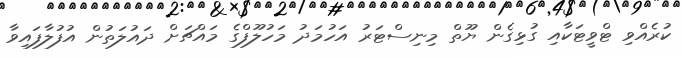
ކުރެއްވި ޓްވީޓަކާއި ގުޅިގެން ޔޫތް މިނިސްޓަރު އަހުމަދު މަހުލޫފްގެ މައްޗަށް ދައުލަތުން އުފުލާފައިވާ